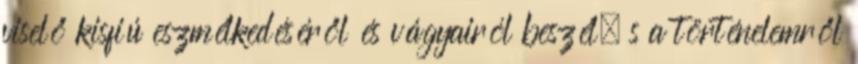
viselő kisfiú eszmélkedéséről és vágyairól beszél, s a történelemről